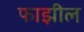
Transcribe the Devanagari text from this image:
फाझील